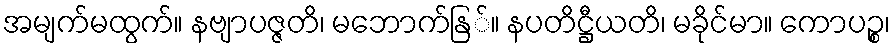
အမျက်မထွက်။ နဗျာပဇ္ဇတိ၊ မဘောက်နြ်။ နပတိဋ္ဌီယတိ၊ မခိုင်မာ။ ကောပဉ္စ၊